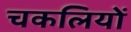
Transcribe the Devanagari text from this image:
चकलियों